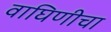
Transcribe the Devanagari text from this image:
वाघिणीचा